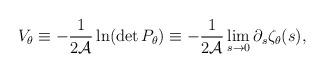
LaTeX: \begin{align*}V_{\theta}\equiv -{1\over 2{\cal A}} \ln(\det P_\theta) \equiv -{1\over 2 {\cal A}}\lim_{s\to 0}\partial_{s} \zeta_{\theta}(s), \end{align*}